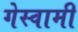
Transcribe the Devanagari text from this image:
गेस्वामी